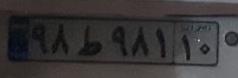
۹۸ط۹۸۱۱۰